Burma Government Medical School reports 1923-41
Year: 1923
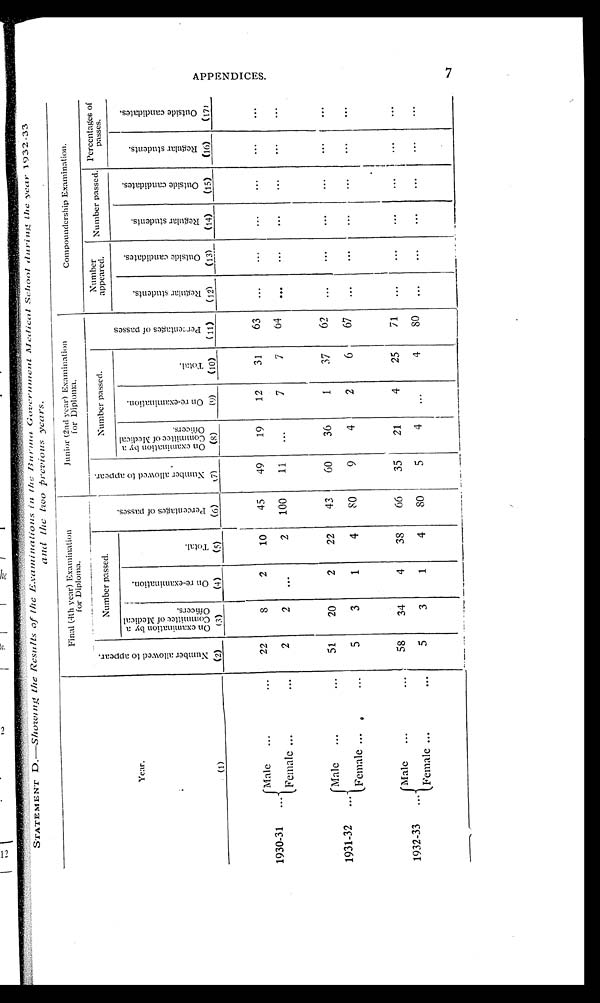
STATEMENT D.—Showing the Results of the Examinations in the Burma Governmcnt Medical School during the year 1932-33
and the two previous years.
Year.
(1)
Final (4th year) Examination
for Diploma.
Junior (2nd year) Examination
for Diploma.
Compoundership Examination.
N u m b e r a l l o w e d t o a p p e a r .
(2)
Number passed.
P e r c e n t a g e s o f p a s s e s .
( 6 )
N u m b e r a l l o w e d t o a p p e a r . ( 7 )
Number passed.
P e r c e n t a g e o f p a s s e s .
(11)
Number
appeared.
Number passed. Percentages of
passes.
O n e x a m i n a t i o n b y a c o m m i t t e e o f M e d i c a l O f f i c e r s .
(3)
O n r e - e x a m i n a t i o n . ( 4 )
T o t a l .
(5)
O n e x a m i n a t i o n b y a C o m m i t e e o f M e d i c a l O f f i c e r s .
(8)
O n r e - e x a m i n a t i o n .
(9)
T o t a l .
(10)
R e g u l a r s t u d e n t s .
(12)
O u t s i d e c a n d i d a t e s .
(13)
R e g u l a r s t u d e n t s .
(14)
O u t s i d e c a n d i d a t e s .
(15)
R e g u l a r s t u d e n t s .
(16)
O u t s i d e c a n d i d a t e s .
(17)
1930-31
...
Male
... ...
22
8
2
10
45
49
19
12
31
63
...
...
...
...
...
...
Female ...
...
2
2
...
2
100
11
...
7
7
64
... ...
...
... ... ...
1931-32
...
Male ...
...
51
20
2
22
43
60
36
1
37
62
...
...
...
... ... ...
Female ...
...
5
3
1
4
8 O
9
4
2
6
67
...
...
...
...
...
...
1932-33
...
Male ...
58
34
4
38
66
35
21
4
25
71
...
...
...
...
...
...
Female ...
...
5
3
1
4
8 O
5
4
...
4
8 O ...
...
...
...
...
...
A P P E N D I C E S .